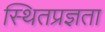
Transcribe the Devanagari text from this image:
स्थितप्रज्ञता